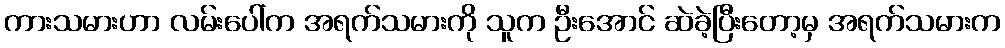
ကားသမားဟာ လမ်းပေါ်က အရက်သမားကို သူက ဦးအောင် ဆဲခဲ့ပြီးတော့မှ အရက်သမားက